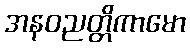
အနဝညတ္တိကာမော